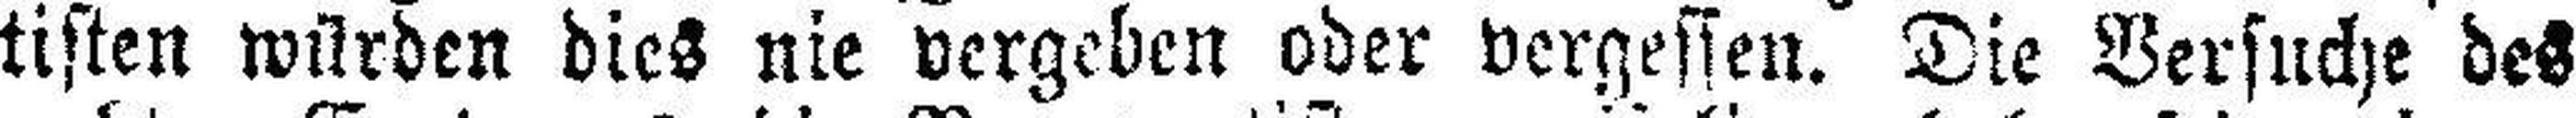
tisten würden dies nie vergeben oder vergessen. Die Versuche des